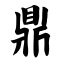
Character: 鼎